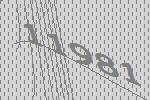
11981